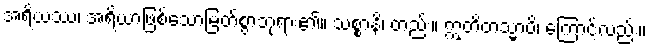
အရိယဿ၊ အရိယာဖြစ်သောမြတ်စွာဘုရား၏။ သစ္စာနိ၊ တည်း။ ဣတိတသ္မာပိ၊ ကြောင့်လည်း။